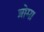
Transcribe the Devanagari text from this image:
ब्रोमा